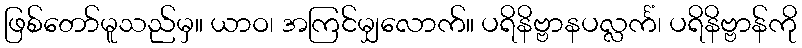
ဖြစ်တော်မူသည်မှ။ ယာဝ၊ အကြင်မျှလောက်။ ပရိနိဗ္ဗာနပလ္လင်္ကံ၊ ပရိနိဗ္ဗာန်ကို